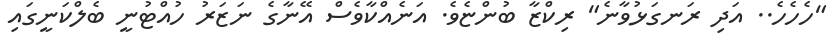
"ހެހެހެ.. އަދި ރަނގަޅުވާނެ" ރިކްޒާ ބުންޏެވެ. އަނެއްކާވެސް އޭނާގެ ނަޒަރު ހުއްޓުނީ ބެލްކަނީގައި